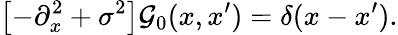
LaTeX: \left[-\partial_{x}^{2}+\sigma^{2}\right]{\cal G}_{0}(x,x^{\prime})=\delta(x-x^{\prime}).